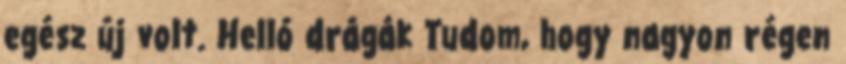
egész új volt. Helló drágák Tudom, hogy nagyon régen